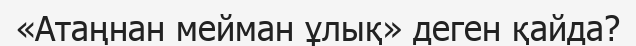
«Атаңнан мейман ұлық» деген қайда?